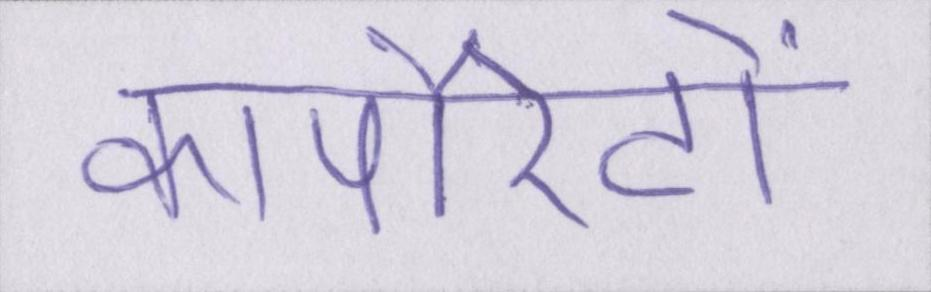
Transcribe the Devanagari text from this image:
कार्पोरेटों